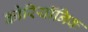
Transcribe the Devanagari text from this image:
कोरियॉनिक